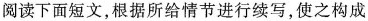
阅读下面短文，根据所给情节进行续写,使之构成